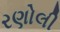
રણોલી